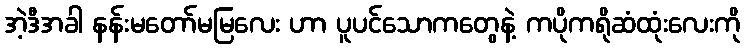
အဲ့ဒီအခါ နန်းမတော်မမြလေး ဟာ ပူပင်သောကတွေနဲ့ ကပိုကရိုဆံထုံးလေးကို